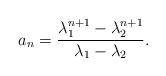
LaTeX: \begin{align*}a_n = \frac{\lambda_1^{n+1}-\lambda_2^{n+1}}{\lambda_1-\lambda_2}.\end{align*}